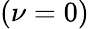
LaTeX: (\nu=0)